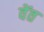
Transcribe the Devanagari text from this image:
वेंत